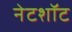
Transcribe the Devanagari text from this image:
नेटशॉट